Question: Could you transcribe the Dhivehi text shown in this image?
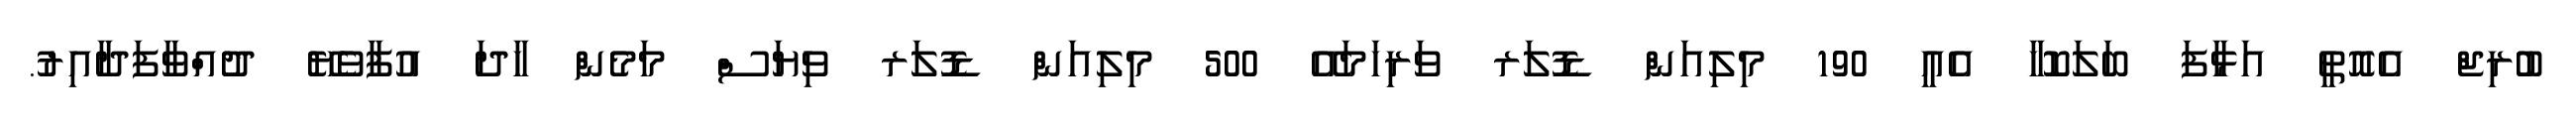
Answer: ބުރިޖް އެއޮތީ އަޅާފަ ބަލަކޮހާ އެއީ 190 މިލިއަން ޑޮލަރ ވަރިހަމައޭ 500 މިލިއަން ޑޮލަރ ވިޔަސް މަމެން ހާދަ އުފާވެޔޭ ދުއްވާފަދާއިރު.